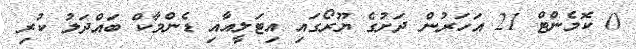
0 ކޮމެންޓް 21 އަހަރުން ދަށުގެ ޔޫރޯގައި އިޓަލީއާއި ޑެންމާކް ބައްދަލު ކުރި